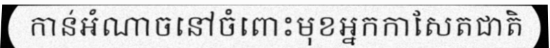
កាន់អំណាចនៅចំពោះមុខអ្នកកាសែតជាតិ